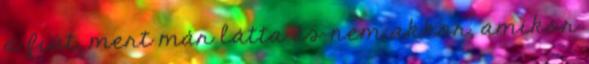
a fiút, mert már látta és nem akkor, amikor